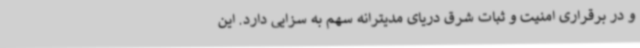
و در برقراری امنیت و ثبات شرق دریای مدیترانه سهم به سزایی دارد. این